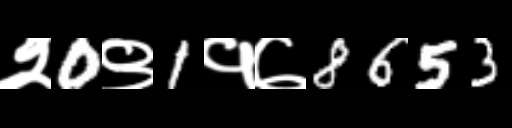
Text: २0९1१७8653